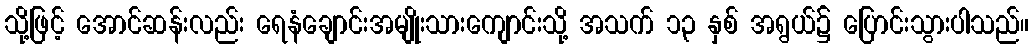
သို့ဖြင့် အောင်ဆန်းလည်း ရေနံချောင်းအမျိုးသားကျောင်းသို့ အသက် ၁၃ နှစ် အရွယ်၌ ပြောင်းသွားပါသည်။